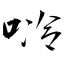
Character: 唥